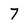
Character: 7